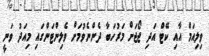
ވިލިއަމް އާއި ކޭޓް އަދި ޖޯޖަށް މަރުހަބާ ދެންނެވުމަށް ވެލިންޓަންގައި މިއަދު ވަނީ